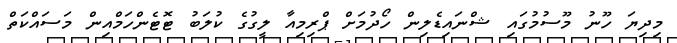
މިދިޔަ ހޫނު މޫސުމުގައި ޝްނައިޑެލިން ހޯދުމަށް ޕްރިމިއާ ލީގުގެ ކުލަބު ޓޮޓެންހަމްއިން މަސައްކަތް